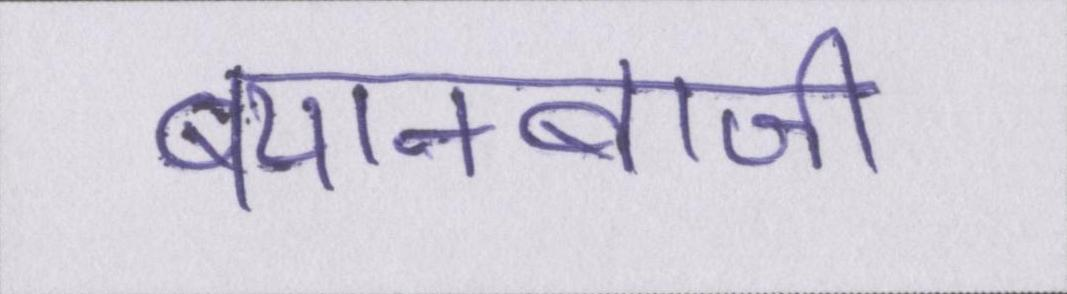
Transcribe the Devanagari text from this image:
बयानबाजी